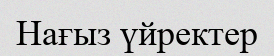
Нағыз үйректер